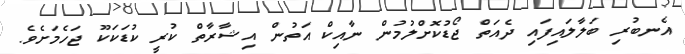
އެނބުރި ބަލާލައިފައި ދެއަތް ޖޯޑުކޮށްލުމުން ނާއިކް އަތުން އިޝާރާތް ކުރީ ކުޑަކަކޫ ޖަހެމަށެވެ.